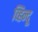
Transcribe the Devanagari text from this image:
व्हिन्दू